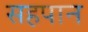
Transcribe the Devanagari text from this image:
सहपान